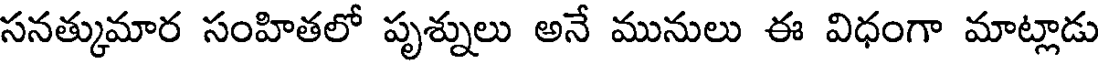
సనత్కుమార సంహితలో పృశ్నులు అనే మునులు ఈ విధంగా మాట్లాడు